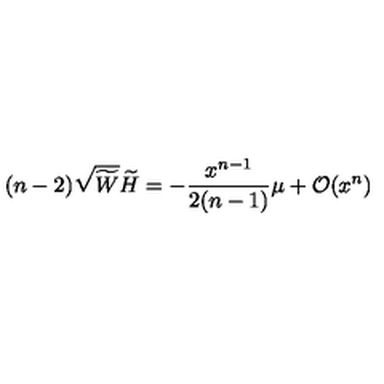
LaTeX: ( n - 2 ) \sqrt { \widetilde W } \widetilde H = - \frac { x ^ { n - 1 } } { 2 ( n - 1 ) } \mu + { \cal O } ( x ^ { n } )